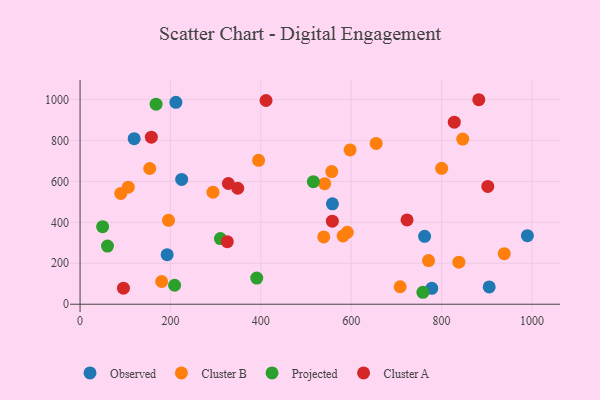
{"axis": {"x": "Distance", "y": "Fuel Efficiency"}, "legend": ["Cluster A", "Cluster B", "Observed", "Projected"], "data": [{"x": "192.7", "y": 242.1, "type": "Observed"}, {"x": "778.3", "y": 77.6, "type": "Observed"}, {"x": "762.4", "y": 331.7, "type": "Observed"}, {"x": "212.0", "y": 986.0, "type": "Observed"}, {"x": "119.7", "y": 808.3, "type": "Observed"}, {"x": "558.4", "y": 490.3, "type": "Observed"}, {"x": "989.8", "y": 334.7, "type": "Observed"}, {"x": "224.8", "y": 609.3, "type": "Observed"}, {"x": "905.3", "y": 84.4, "type": "Observed"}, {"x": "591.3", "y": 351.3, "type": "Cluster B"}, {"x": "655.2", "y": 785.2, "type": "Cluster B"}, {"x": "294.1", "y": 547.0, "type": "Cluster B"}, {"x": "395.0", "y": 702.8, "type": "Cluster B"}, {"x": "771.1", "y": 213.4, "type": "Cluster B"}, {"x": "597.5", "y": 753.4, "type": "Cluster B"}, {"x": "800.1", "y": 663.9, "type": "Cluster B"}, {"x": "556.9", "y": 647.8, "type": "Cluster B"}, {"x": "180.5", "y": 111.1, "type": "Cluster B"}, {"x": "708.3", "y": 85.5, "type": "Cluster B"}, {"x": "90.1", "y": 541.3, "type": "Cluster B"}, {"x": "581.9", "y": 333.4, "type": "Cluster B"}, {"x": "541.2", "y": 588.8, "type": "Cluster B"}, {"x": "154.1", "y": 662.9, "type": "Cluster B"}, {"x": "838.2", "y": 205.3, "type": "Cluster B"}, {"x": "539.2", "y": 328.7, "type": "Cluster B"}, {"x": "106.6", "y": 571.8, "type": "Cluster B"}, {"x": "846.8", "y": 806.3, "type": "Cluster B"}, {"x": "938.6", "y": 246.8, "type": "Cluster B"}, {"x": "195.7", "y": 409.9, "type": "Cluster B"}, {"x": "60.7", "y": 283.9, "type": "Projected"}, {"x": "758.6", "y": 58.4, "type": "Projected"}, {"x": "390.9", "y": 127.7, "type": "Projected"}, {"x": "310.5", "y": 320.8, "type": "Projected"}, {"x": "516.2", "y": 598.6, "type": "Projected"}, {"x": "209.2", "y": 92.6, "type": "Projected"}, {"x": "49.9", "y": 378.7, "type": "Projected"}, {"x": "168.2", "y": 977.1, "type": "Projected"}, {"x": "96.0", "y": 78.2, "type": "Cluster A"}, {"x": "558.2", "y": 405.6, "type": "Cluster A"}, {"x": "348.9", "y": 566.5, "type": "Cluster A"}, {"x": "723.5", "y": 411.9, "type": "Cluster A"}, {"x": "411.5", "y": 995.0, "type": "Cluster A"}, {"x": "902.2", "y": 575.3, "type": "Cluster A"}, {"x": "157.7", "y": 815.7, "type": "Cluster A"}, {"x": "328.1", "y": 589.5, "type": "Cluster A"}, {"x": "325.8", "y": 305.5, "type": "Cluster A"}, {"x": "828.1", "y": 889.1, "type": "Cluster A"}, {"x": "882.3", "y": 998.7, "type": "Cluster A"}]}